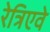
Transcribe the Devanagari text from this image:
रेत्रिएवे